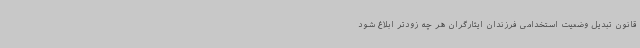
قانون تبدیل وضعیت استخدامی فرزندان ایثارگران هر چه زودتر ابلاغ شود